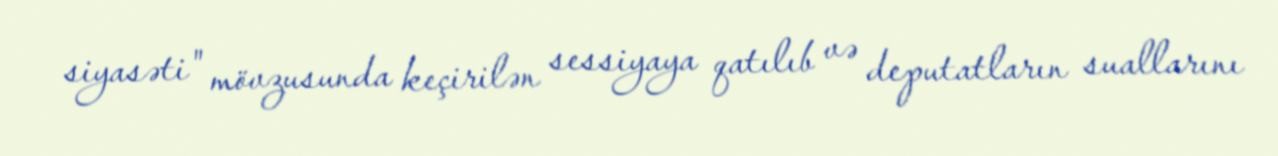
siyasəti" mövzusunda keçirilən sessiyaya qatılıb və deputatların suallarını